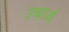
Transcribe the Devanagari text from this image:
उच्चउर्जा